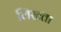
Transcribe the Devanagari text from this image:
लिख्ता